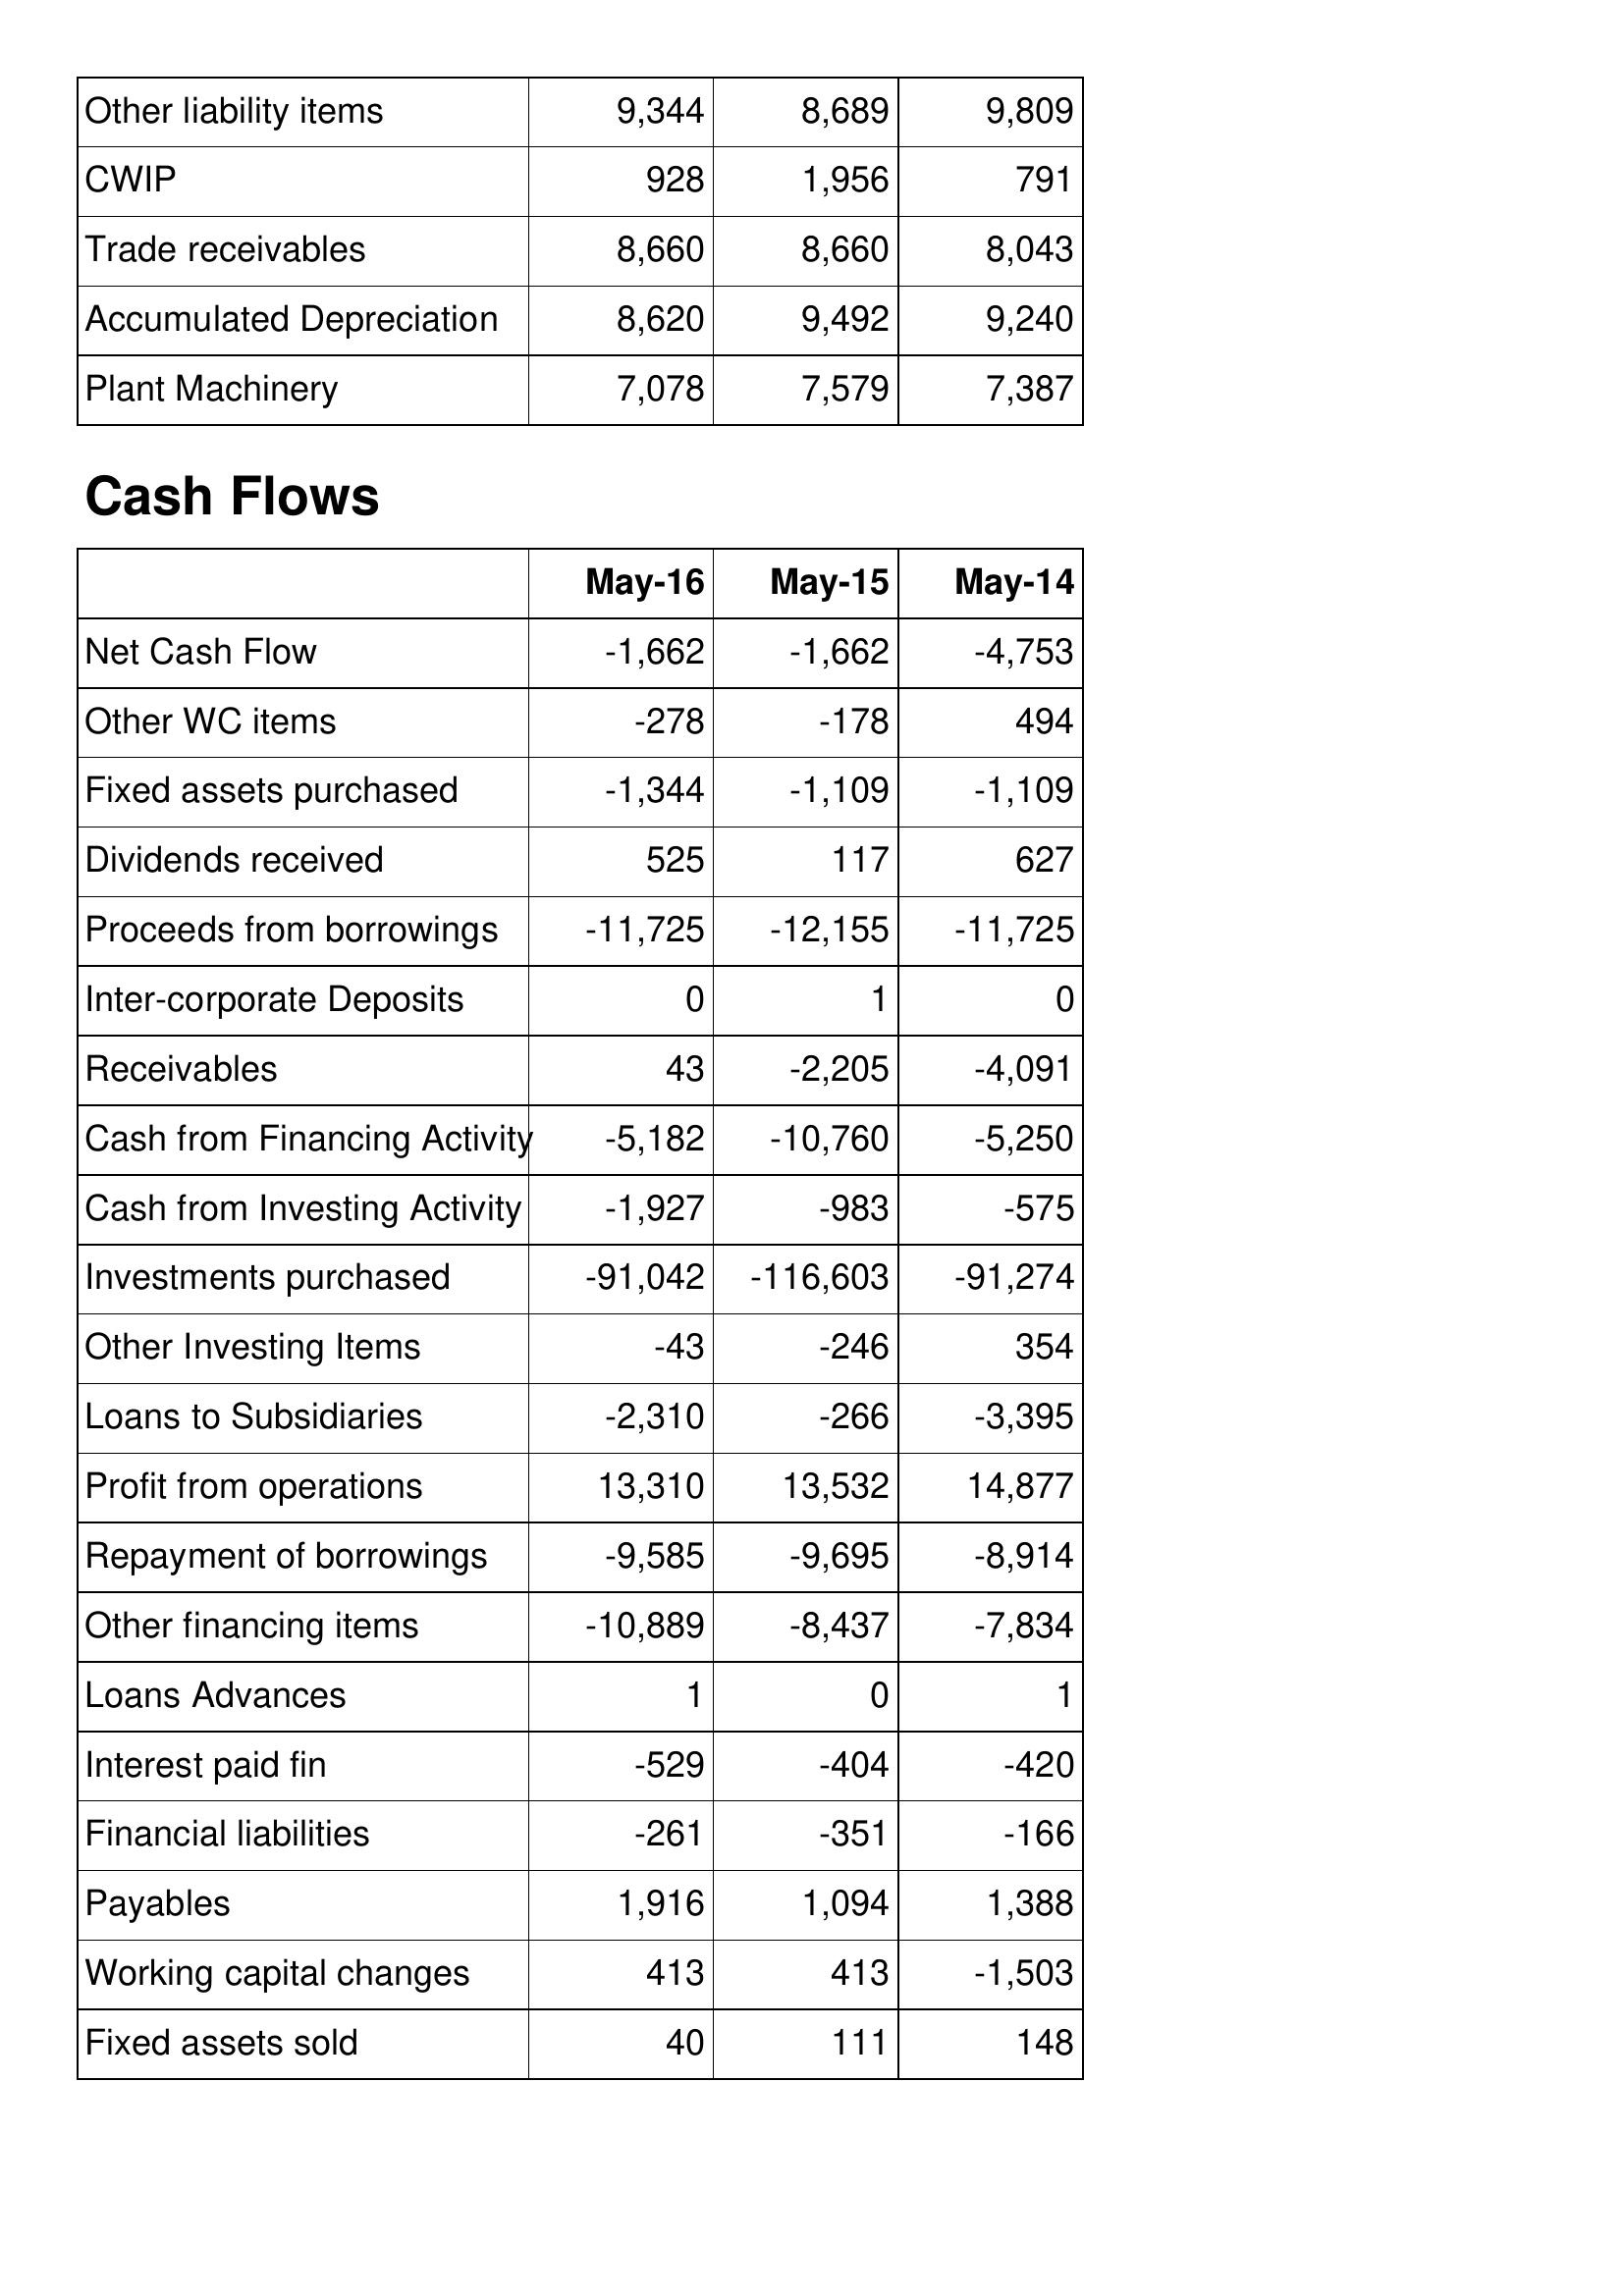
May-16: Balance Sheet: Other liability items: 9,344
CWIP: 928
Trade receivables: 8,660
Accumulated Depreciation: 8,620
Plant Machinery: 7,078
Cash Flows: Net Cash Flow: -1,662
Other WC items: -278
Fixed assets purchased: -1,344
Dividends received: 525
Proceeds from borrowings: -11,725
Inter-corporate Deposits: 0
Receivables: 43
Cash from Financing Activity: -5,182
Cash from Investing Activity: -1,927
Investments purchased: -91,042
Other Investing Items: -43
Loans to Subsidiaries: -2,310
Profit from operations: 13,310
Repayment of borrowings: -9,585
Other financing items: -10,889
Loans Advances: 1
Interest paid fin: -529
Financial liabilities: -261
Payables: 1,916
Working capital changes: 413
Fixed assets sold: 40
May-15: Balance Sheet: Other liability items: 8,689
CWIP: 1,956
Trade receivables: 8,660
Accumulated Depreciation: 9,492
Plant Machinery: 7,579
Cash Flows: Net Cash Flow: -1,662
Other WC items: -178
Fixed assets purchased: -1,109
Dividends received: 117
Proceeds from borrowings: -12,155
Inter-corporate Deposits: 1
Receivables: -2,205
Cash from Financing Activity: -10,760
Cash from Investing Activity: -983
Investments purchased: -116,603
Other Investing Items: -246
Loans to Subsidiaries: -266
Profit from operations: 13,532
Repayment of borrowings: -9,695
Other financing items: -8,437
Loans Advances: 0
Interest paid fin: -404
Financial liabilities: -351
Payables: 1,094
Working capital changes: 413
Fixed assets sold: 111
May-14: Balance Sheet: Other liability items: 9,809
CWIP: 791
Trade receivables: 8,043
Accumulated Depreciation: 9,240
Plant Machinery: 7,387
Cash Flows: Net Cash Flow: -4,753
Other WC items: 494
Fixed assets purchased: -1,109
Dividends received: 627
Proceeds from borrowings: -11,725
Inter-corporate Deposits: 0
Receivables: -4,091
Cash from Financing Activity: -5,250
Cash from Investing Activity: -575
Investments purchased: -91,274
Other Investing Items: 354
Loans to Subsidiaries: -3,395
Profit from operations: 14,877
Repayment of borrowings: -8,914
Other financing items: -7,834
Loans Advances: 1
Interest paid fin: -420
Financial liabilities: -166
Payables: 1,388
Working capital changes: -1,503
Fixed assets sold: 148